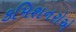
કમિશનરોએ